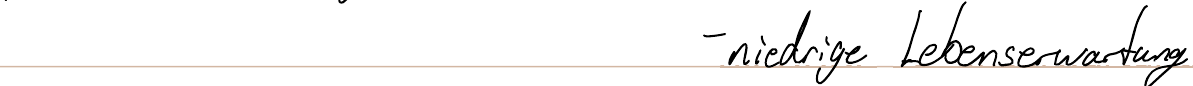
- niedrige Lebenserwartung